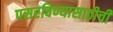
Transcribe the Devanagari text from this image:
पसरविण्यासाठीची